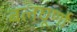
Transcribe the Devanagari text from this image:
बलघूर्णो